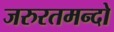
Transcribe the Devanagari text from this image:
जरुरतमन्दो